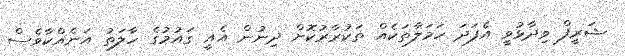
ޝަރީފް ވިދާޅުވީ އެފަދަ ހަމަލާތަކެއް ތަކުރާރުކޮށް ދިނުން އެއީ ގައުމުގެ ހާލަތު އަނެއްކާވެސް